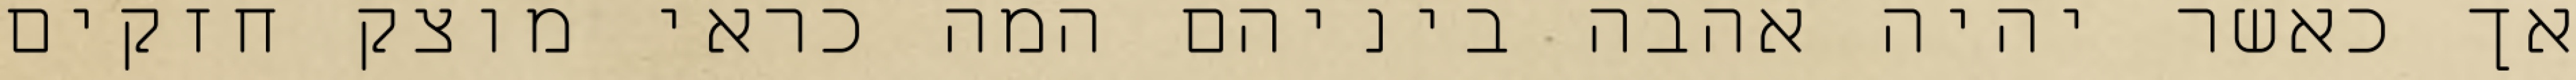
אך כאשר יהיה אהבה ביניהם המה כראי מוצק חזקים